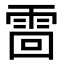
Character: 䨓